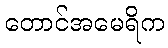
တောင်အမေရိက